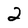
Character: 2